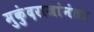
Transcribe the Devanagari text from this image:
मुकुंदराजांनंतर